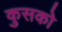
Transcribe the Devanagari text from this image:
कुसको